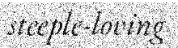
steeple-loving